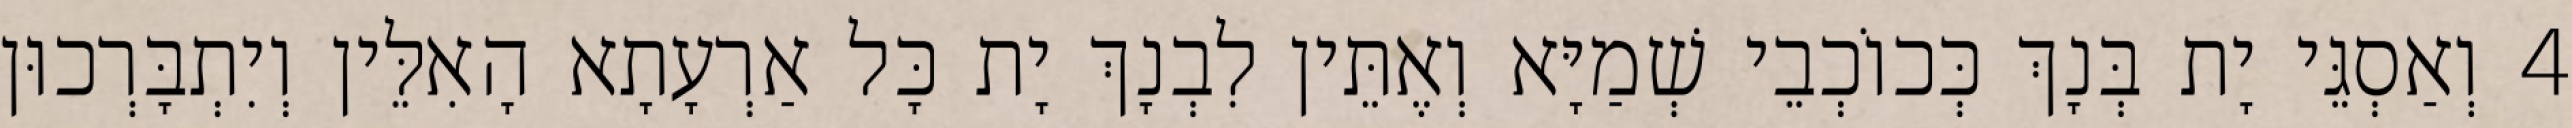
4 וְאַסְגֵּי יָת בְּנָךְ כְּכוֹכְבֵי שְׁמַיָּא וְאֶתֵּין לִבְנָךְ יָת כָּל אַרְעָתָא הָאִלֵּין וְיִתְבָּרְכוּן